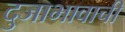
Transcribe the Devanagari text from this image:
दुजाभावाची